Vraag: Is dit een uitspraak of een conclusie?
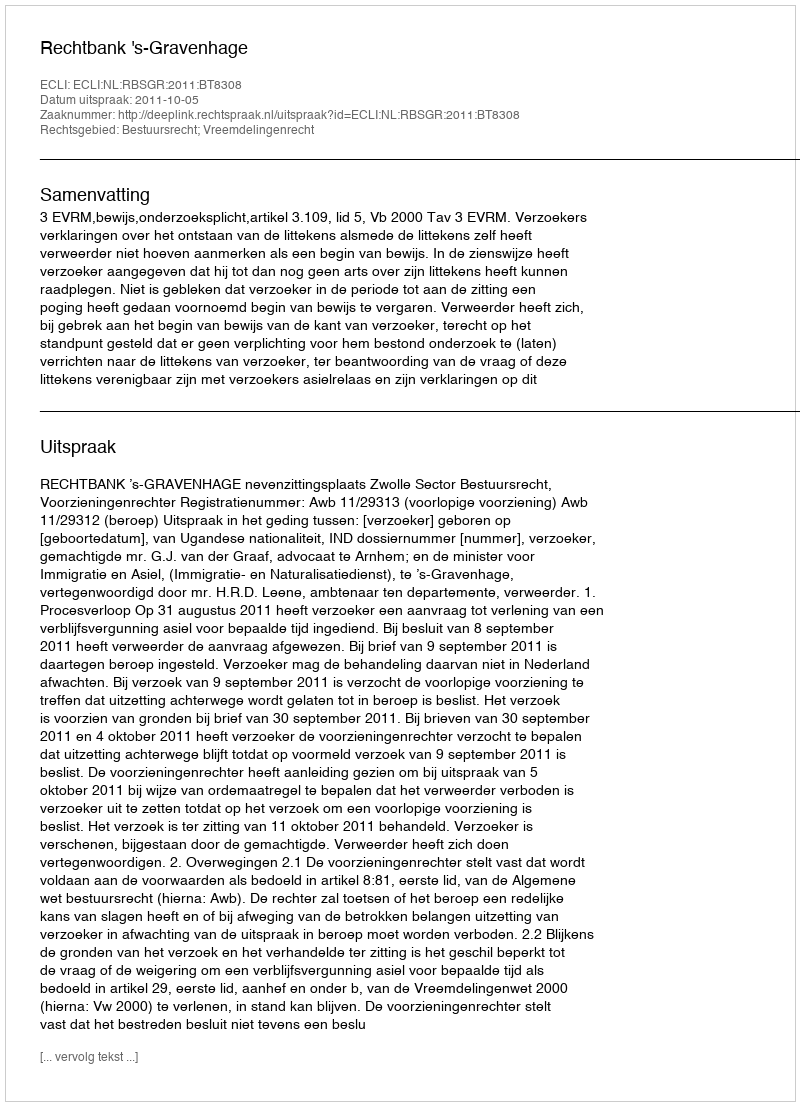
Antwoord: Uitspraak